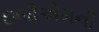
ઇબીએમની